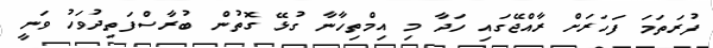
ފުރަތަމަ ފަހަރަށް ރާއްޖޭގައި ހަދާ މި އިމްތިހާނާ ގުޅޭ ގޮތުން ބުރާސްފަތިދުވަހު ވަނީ